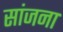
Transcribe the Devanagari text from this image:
सांजना